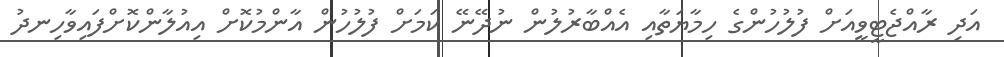
އަދި ރާއްޖެޓީވީއަށް ފުލުހުންގެ ހިމާޔަތާއި އެއްބާރުލުން ނުދޭނޭ ކަމަށް ފުލުހުން އާންމުކޮށް އިއުލާންކޮށްފައިވާހިނދު